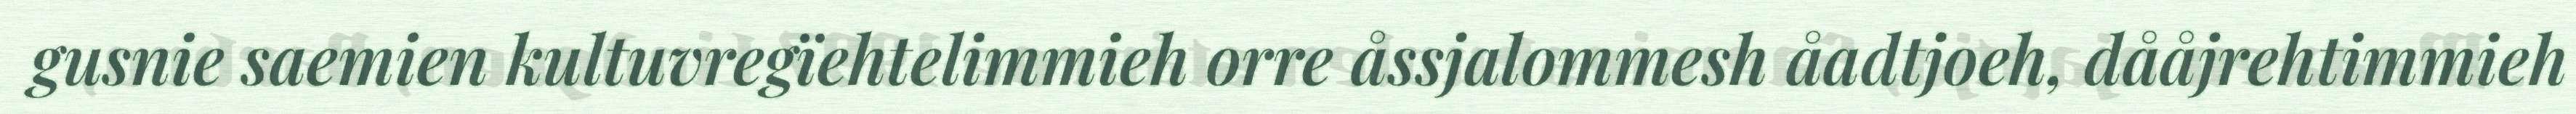
gusnie saemien kultuvregïehtelimmieh orre åssjalommesh åadtjoeh, dååjrehtimmieh